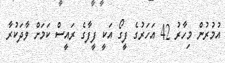
އުމުރުން މިހާރު 42 އަހަރުގެ ފީގޯ އަކީ ފީފާގެ ރައީސް ކަމަށް ވާދަކުރާ